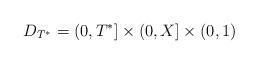
LaTeX: \begin{align*} D_{T^*}=(0,T^*]\times(0,X]\times(0,1)\end{align*}